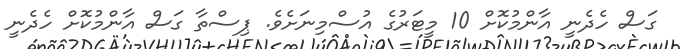
ގަސް ހެދެނީ އާންމުކޮށް 10 މީޓަރުގެ އުސްމިނަށެވެ. ޕިސްތާ ގަސް އާންމުކޮށް ހެދެނީ